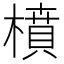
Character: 橨